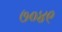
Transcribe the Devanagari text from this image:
७०४९